Annual report of the Punjab Veterinary College and of the Civil Veterinary Department, Punjab - 1909-1919
Year: 1909
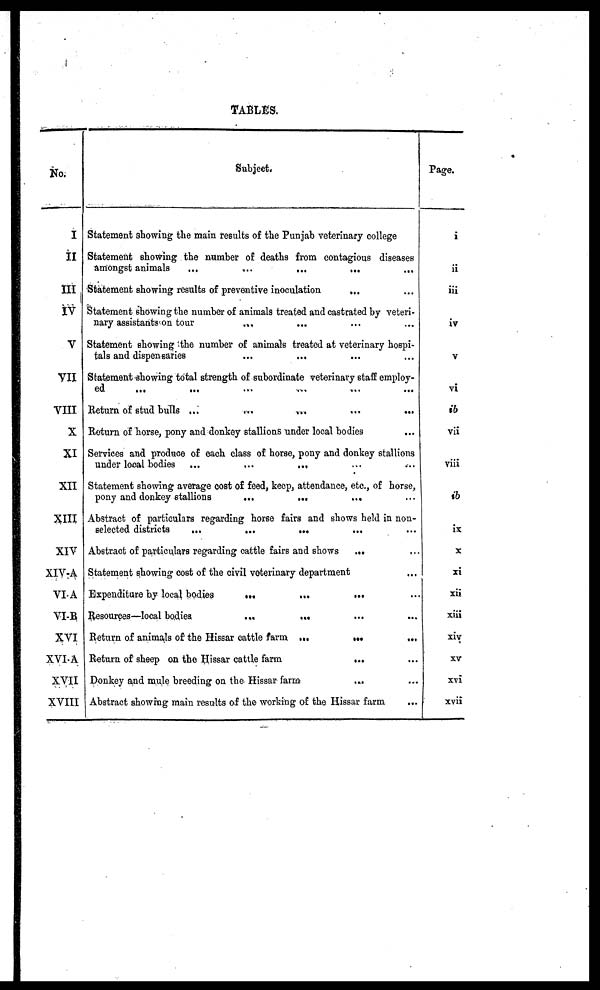
TABLES.
No.
I
II
III
IV
V
VII
VIII
X
XI
XII
XIII
XIV
XIV-A
VIA
VI-B
XVI
XVI A
XVII
XVIII
Subject.
Statement showing the main results of the Punjab veterinary college
Statement showing the number of deaths from contagious diseases
amongst animals
...
...
...
...
Statement showing results of preventive inoculation
...
Statement showing the number of animals treated and castrated by veteri-
nary assistants on tour
...
Statement showing the number of animals treated at veterinary hospi-
tals and dispensaries
...
...
Statement showing total strength of subordinate veterinary staff employ-
ed ... ... ... ... ... ...
Return of stud bulls ...
...
...
Return of horse, pony and donkey stallions under local bodies
Services and produce of each class of horse, pony and donkey stallions
under local bodies
...
...
...
Statement showing average cost of feed, keep, attendance, etc., of horse,
pony and donkey stallions
...
...
...
Abstract of particulars regarding horse fairs and shows held in non-
selected districts
...
...
...
Abstract of particulars regarding cattle fairs and shows
...
Statement showing cost of the civil veterinary department
Expenditure by local bodies
...
...
...
Resources—local bodies
...
...
Return of animals of the Hissar cattle farm ... ... ... ... ... ...
Return of sheep on the Hissar cattle farm
... ...
Donkey and mule breeding on the Hissar farm ... ...
Abstract showing main results of the working of the Hissar farm ...
Page.
i
ii
iii
iv
V
vi
ib
vii
viii
ib
ix
x
xi
xii
xiii
xiv
XV
xvi
xvii